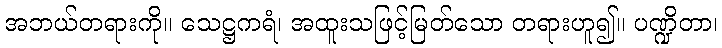
အဘယ်တရားကို။ သေဋ္ဌကရံ၊ အထူးသဖြင့်မြတ်သော တရားဟူ၍။ ပဏ္ဍိတာ၊